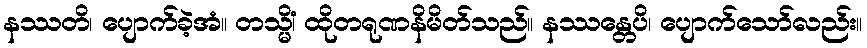
နဿတိ၊ ပျောက်ခဲ့အံ။ တသ္မိံ၊ ထိုတရုဏနိမိတ်သည်။ နဿန္တေပိ၊ ပျောက်သော်လည်း။